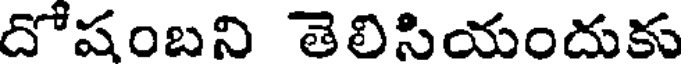
దోషంబని తెలిసియందుకు